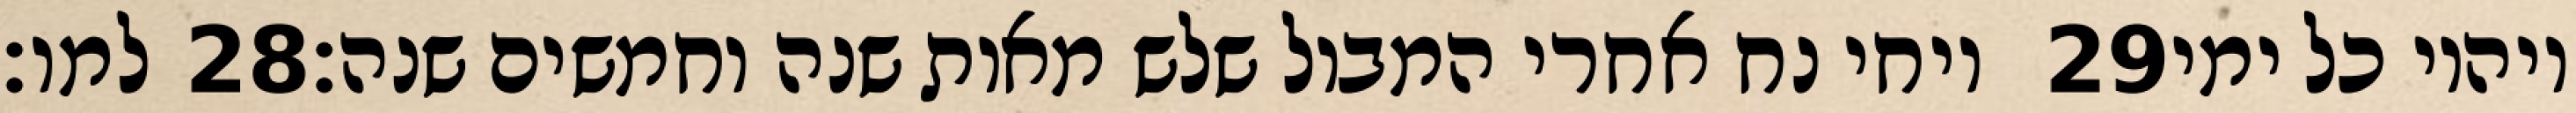
למו׃ ‎28‏ ויחי נח אחרי המבול שלש מאות שנה וחמשים שנה׃ ‎29‏ ויהיו כל ימי